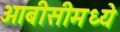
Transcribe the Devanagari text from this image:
ओबीसीमध्ये